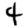
Digit: 4